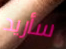
سأريد